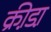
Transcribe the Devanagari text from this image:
क्री़डा़